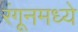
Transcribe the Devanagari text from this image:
रंगूनमध्ये